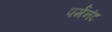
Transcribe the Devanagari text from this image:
पर्मंनंट